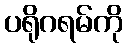
ပရိုဂရမ်ကို